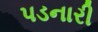
પડનારી